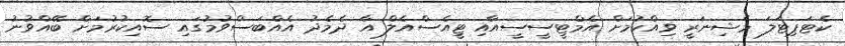
ކެޓަޕިޓަލަ މެޝިނަރީ ވިއްކުމަށް އެމްޓީސީސީއާއި ޓީއެސްއެލް އާ ދެމެދު އެއްބަސްވުމުގައި ސޮއިކުރުމަށް ބޭއްވުނު